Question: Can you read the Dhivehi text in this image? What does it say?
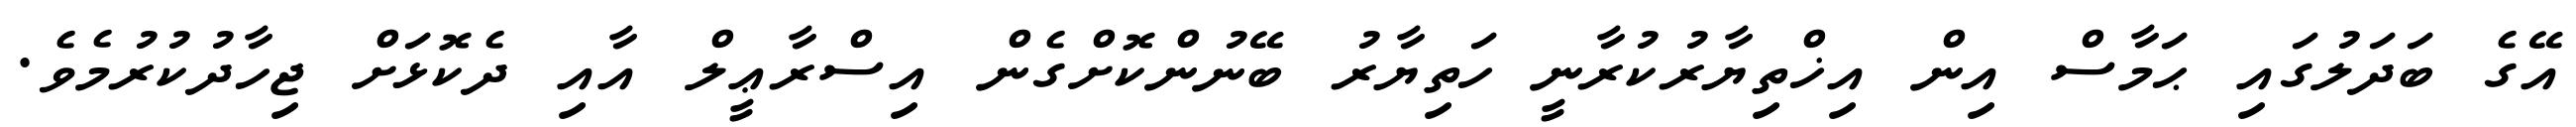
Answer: އޭގެ ބަދަލުގައި ޙަމާސް އިން އިޚްތިޔާރުކުރާނީ ހަތިޔާރު ބޭނުންކޮށްގެން އިސްރާޢީލް އާއި ދެކޮޅަށް ޖިހާދުކުރުމެވެ.